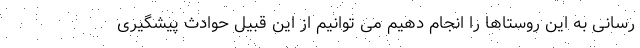
رسانی به این روستاها را انجام دهیم می توانیم از این قبیل حوادث پیشگیری